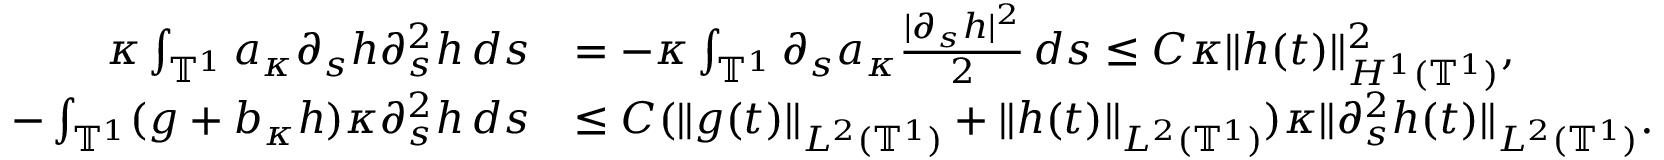
\begin{array} { r l } { \kappa \int _ { \ensuremath { \mathbb { T } } ^ { 1 } } a _ { \kappa } \partial _ { s } h \partial _ { s } ^ { 2 } h \, d s } & { = - \kappa \int _ { \ensuremath { \mathbb { T } } ^ { 1 } } \partial _ { s } a _ { \kappa } \frac { | \partial _ { s } h | ^ { 2 } } 2 \, d s \leq C \kappa \| h ( t ) \| _ { H ^ { 1 } ( \ensuremath { \mathbb { T } } ^ { 1 } ) } ^ { 2 } , } \\ { - \int _ { \ensuremath { \mathbb { T } } ^ { 1 } } ( g + b _ { \kappa } h ) \kappa \partial _ { s } ^ { 2 } h \, d s } & { \leq C ( \| g ( t ) \| _ { L ^ { 2 } ( \ensuremath { \mathbb { T } } ^ { 1 } ) } + \| h ( t ) \| _ { L ^ { 2 } ( \ensuremath { \mathbb { T } } ^ { 1 } ) } ) \kappa \| \partial _ { s } ^ { 2 } h ( t ) \| _ { L ^ { 2 } ( \ensuremath { \mathbb { T } } ^ { 1 } ) } . } \end{array}